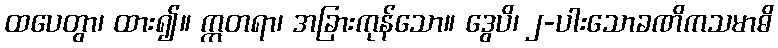
ထပေတွာ၊ ထား၍။ ဣတရာ၊ အခြားကုန်သော။ ဒွေပိ၊ ၂-ပါးသောခဏိကသမာဓိ